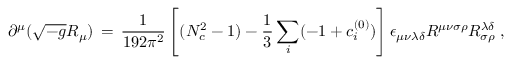
\partial ^ { \mu } ( \sqrt { - g } R _ { \mu } ) \, = \, \frac { 1 } { 1 9 2 \pi ^ { 2 } } \left[ ( N _ { c } ^ { 2 } - 1 ) - \frac { 1 } { 3 } \sum _ { i } ( - 1 + c _ { i } ^ { ( 0 ) } ) \right] \epsilon _ { \mu \nu \lambda \delta } R ^ { \mu \nu \sigma \rho } R _ { \sigma \rho } ^ { \lambda \delta } \; ,